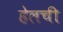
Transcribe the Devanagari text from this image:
हेलची